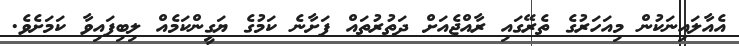
އެއާލައިނަކުން މިއަހަރުގެ ތެރޭގައި ރާއްޖެއަށް ދަތުރުތައް ފަށާނެ ކަމުގެ ޔަގީންކަމެއް ލިބިފައިވާ ކަމަށެވެ.